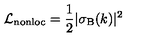
\mathcal { L } _ { \mathrm { n o n l o c } } = { \frac { 1 } { 2 } } | \sigma _ { \mathrm { B } } ( k ) | ^ { 2 }